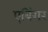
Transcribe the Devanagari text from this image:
एबिंगर